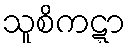
သူစိကဋ္ဋာ